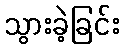
သွားခဲ့ခြင်း